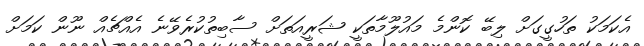
އެކަމަކު ތަހުގީގަށް ލިބޭ ކޮންމެ މައުލޫމާތަކީ ޝަރީއަތަށް ސާބިތުކުރެވޭނެ އެއްޗެއް ނޫން ކަމަށް